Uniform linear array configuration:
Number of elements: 16
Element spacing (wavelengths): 1
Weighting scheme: blackman
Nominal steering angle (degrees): -30
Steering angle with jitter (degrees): -30.49
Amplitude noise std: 0.05
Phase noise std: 0.05

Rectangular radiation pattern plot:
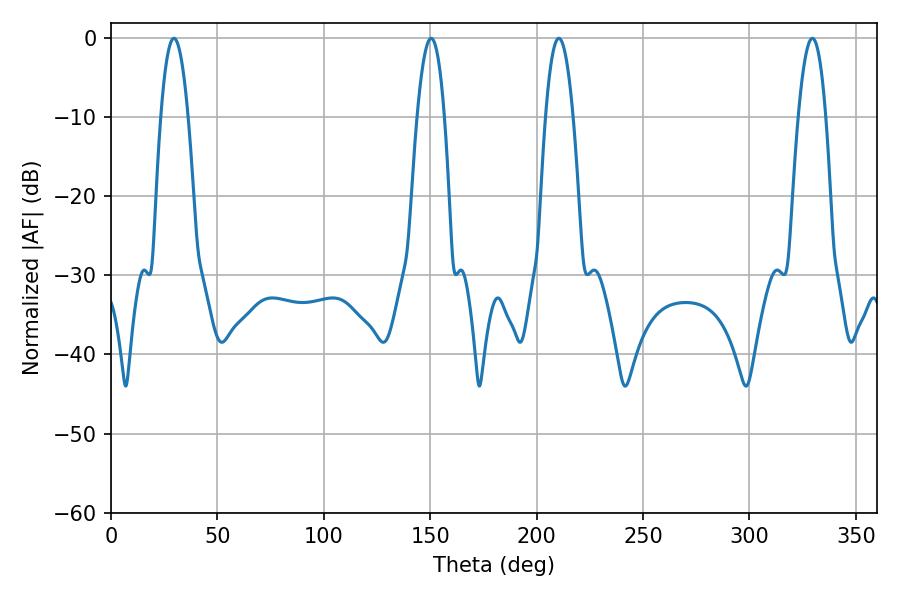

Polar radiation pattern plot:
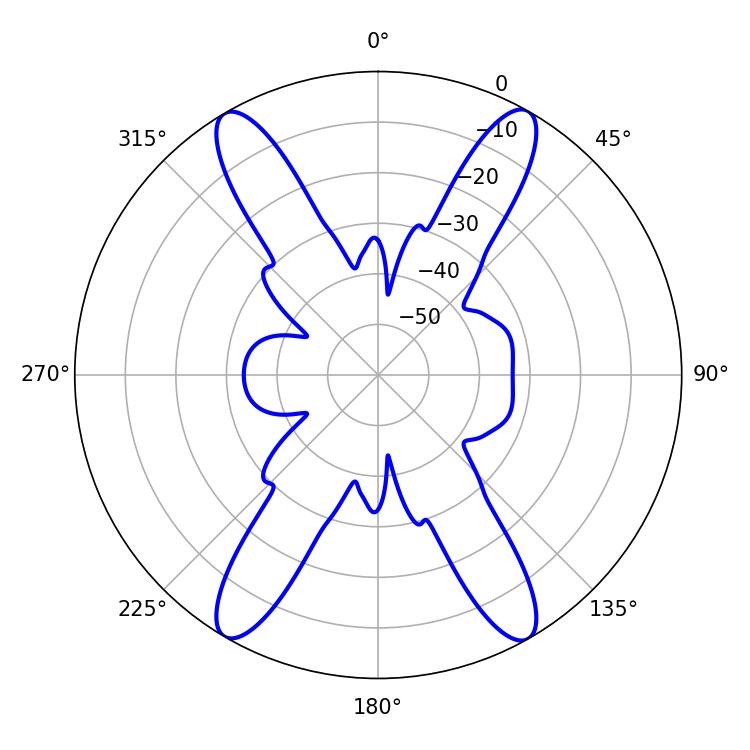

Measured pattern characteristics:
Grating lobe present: TRUE
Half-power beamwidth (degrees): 7.02
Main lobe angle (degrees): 210.42